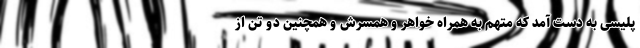
پلیسی به دست آمد که متهم به همراه خواهر و همسرش و همچنین دو تن از